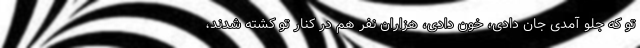
تو که جلو آمدی جان دادی، خون دادی، هزاران نفر هم در کنار تو کشته شدند،